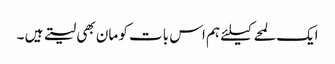
ایک لمحے کیلئے ہم اس بات کو مان بھی لیتے ہیں ۔